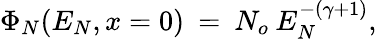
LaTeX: \Phi_{N}(E_{N},x=0)\: =\: N_{o}\: E_{N}^{-(\gamma+1)},